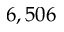
6 , 5 0 6